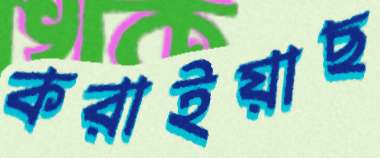
করাইয়াছ